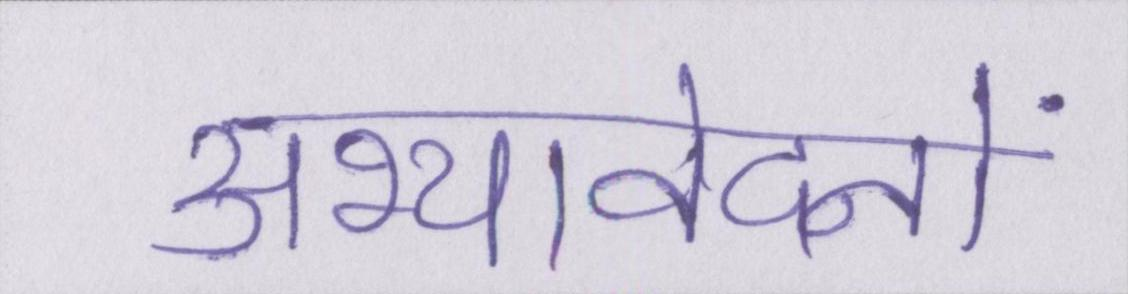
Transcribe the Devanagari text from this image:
अभ्यावेदनों